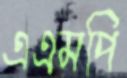
এএমপি